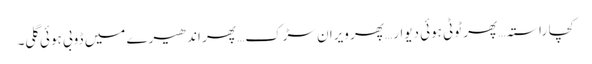
کچا راستہ… پھر ٹوٹی ہوئی دیوار… پھر ویران سڑک… پھر اندھیرے میں ڈوبی ہوئی گلی۔